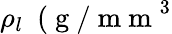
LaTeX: \rho_{l}~\mathrm{~(~g~/~m~m~}^{3}